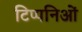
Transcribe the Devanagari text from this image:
टिप्पनिओं